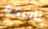
ناسفة